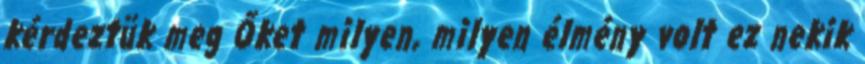
kérdeztük meg Őket milyen, milyen élmény volt ez nekik